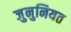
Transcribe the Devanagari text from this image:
जुनुनियत